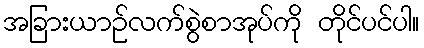
အခြားယာဉ်လက်စွဲစာအုပ်ကို တိုင်ပင်ပါ။